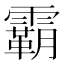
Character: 霸